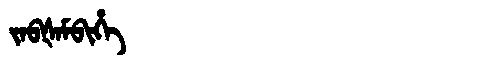
Manchu: ᠵᠠᠪᡧᠠᠮᠪᡳᡥᡝ
Romanization: JABŠAMBIHE